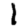
Digit: 1